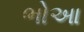
ભોઆ